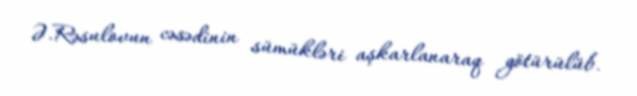
Ə.Rəsulovun cəsədinin sümükləri aşkarlanaraq götürülüb.